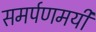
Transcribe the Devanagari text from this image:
समर्पणमयी